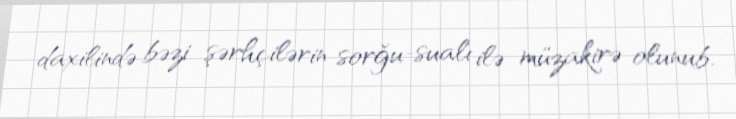
daxilində bəzi şərhçilərin sorğu-sualı ilə müzakirə olunub.